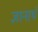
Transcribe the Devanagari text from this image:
ज्ञानार्थ